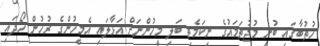
ހުތުބާގައި ބުނީ މުޖުތަމައުގެ ނިކަމެތި ބަލި މީހުންނަށް އަޅާލައި އެމީހުންގެ ރުހުން ހޯދައި